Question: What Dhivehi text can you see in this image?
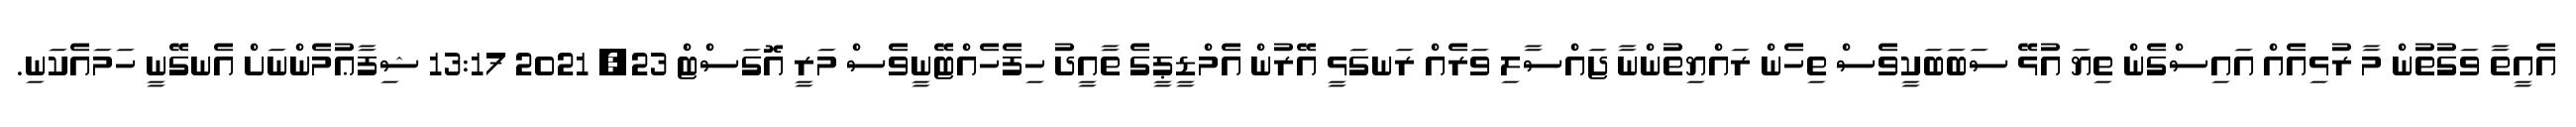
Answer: އެއީތާ ވަގުތުން މާ ރުޅިއެއް އައިސްގެން ތިޔަ އުޅޭ ސަބަބަކީވެސް ތިހެން ރައްޔިތުންނާ ޖައްސާލި ވަރެއް ރަނގަޅީ އޭރުން އެމްޑީޕީގެ ތާއީދު ހިފެހެއްޓޭނީވެސް މަރީ އޮގަސްޓް 23, 2021 13:17 ޝިފާޢުމެންނަށް އެނގޭނީ ހަމައެކަނި.